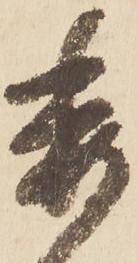
委